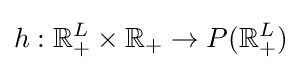
h:\mathbb {R} _{+}^{L}\times \mathbb {R} _{+}\to P(\mathbb {R} _{+}^{L})